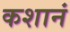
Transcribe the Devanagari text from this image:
कशानं